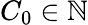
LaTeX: C_{0}\in\mathbb{N}